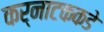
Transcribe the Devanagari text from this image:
कर्नाटककडे